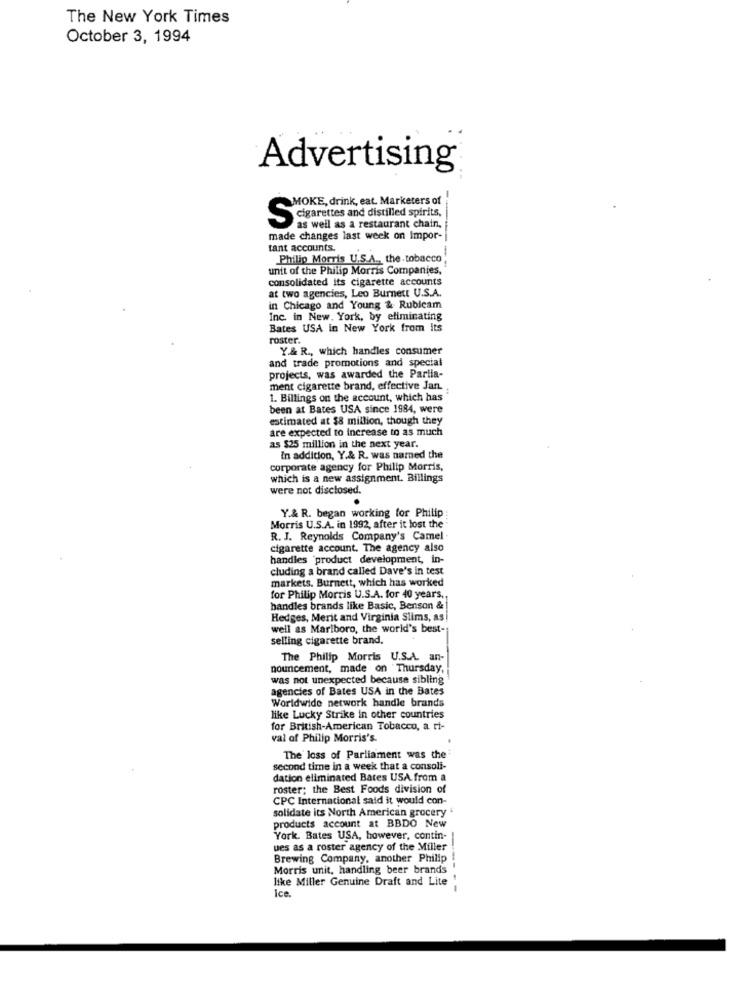
The New York Times
October 3, 1994
Advertising
MOKE, drink, eat. Marketers of
Sagarettes and distilled spirits.
as well as a restaurant chain,
made changes last week on Impor-
tant accounts.
Philip Morris U.S.A ., the tobacco
unit of the Philip Morris Companies,
consolidated Its cigarette accounts
at two agencies, Leo Burnett U.S.A.
in Chicago and Young & Rubicam
Inc. in New. York, by eliminating
Bates USA in New York from its
roster.
Y.& R ., which handles consumer
and trade promotions and special
projects, was awarded the Parila-
ment cigarette brand, effective Jan ..
1. Billings on the account, which has
been at Bates USA since 1984, were
estimated at $8 million, though they
are expected to Increase to as much
as $25 million in the next year.
In addition, Y.& R. was named the
corporate agency for Philip Morris,
which is a new assignment. Billings
were not disclosed.
Y.& R. began working for Philip :
Morris U.S.A. in 1992, after it lost the
R. J. Reynolds Company's Camel
cigarette account. The agency also
handles 'product development, in-
cluding a brand called Dave's in test
markets. Burnett, which has worked
for Philip Morris U.S.A. for 40 years ..
handles brands like Basic, Benson &
Hedges, Merit and Virginia Slims, as
well as Marlboro, the world's best -;
selling cigarette brand.
The Philip Morris U.S.A. an-
nouncement, made on Thursday,
was not unexpected because sibling
agencies of Bates USA in the Bates
Worldwide network handle brands
like Lucky Strike in other countries
for British-American Tobacco, a ti-
val of Philip Morris's.
The loss of Parliament was the
second time in a week that a consoli-
dation eliminated Bates USA from a
roster; the Best Foods division of
CPC Internacional said it would con-
solidate its North American grocery
products account at BBDO New
York. Bates USA, however, contin-
ues as a roster agency of the Miller
Brewing Company, another Philip
Morris unit, handling beer brands
like Miller Genuine Draft and Lite !
Ice.